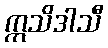
ဣသိဒါသီ